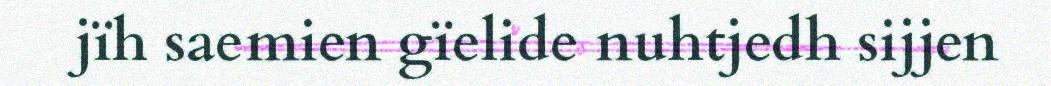
jïh saemien gïelide nuhtjedh sijjen